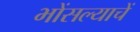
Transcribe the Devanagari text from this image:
भोंसल्याचें